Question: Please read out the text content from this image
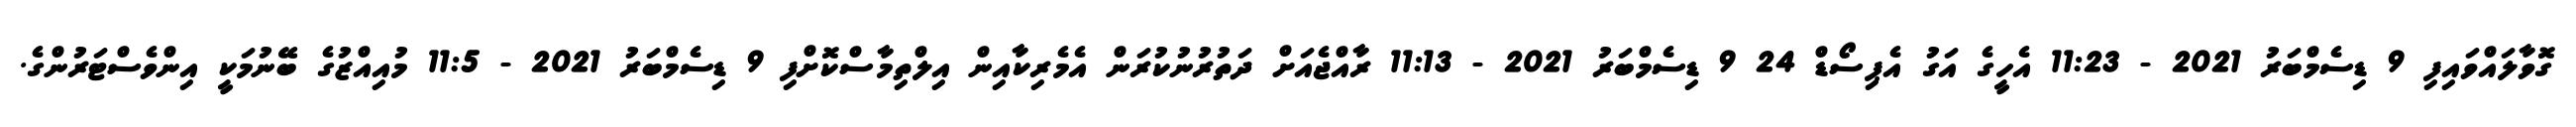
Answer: ގޮވާލައްވައިފި 9 ޑިސެމްބަރު 2021 - 11:23 އެހީގެ އަގު އެޕިސޯޑް 24 9 ޑިސެމްބަރު 2021 - 11:13 ރާއްޖެއަށް ދަތުރުނުކުރަން އެމެރިކާއިން އިލްތިމާސްކޮށްފި 9 ޑިސެމްބަރު 2021 - 11:5 މުއިއްޒުގެ ބޭނުމަކީ އިންވެސްޓަރުންގެ.